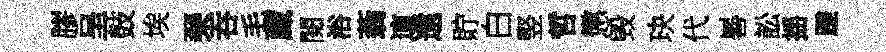
膠呈鼓埃琹吞毛蔵閱浴蓊這遠貯白竪哲懲毁玦代晷訟揺蹉